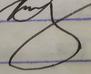
Signature authenticity: genuine